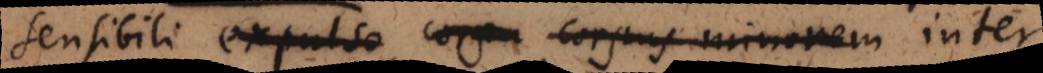
sensibili expulso corpo corpus minorem inter